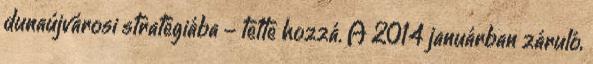
dunaújvárosi stratégiába - tette hozzá. A 2014 januárban záruló,